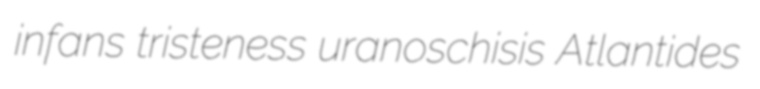
infans tristeness uranoschisis Atlantides